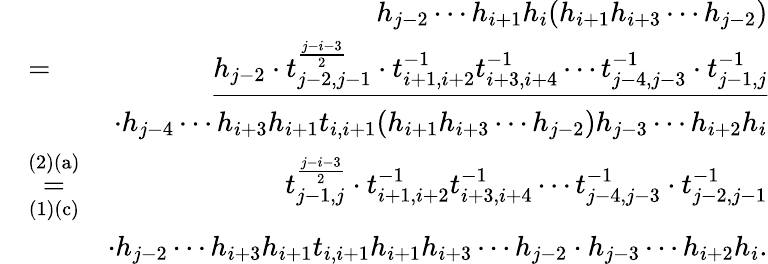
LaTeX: \begin{array}{rlr}&{}&{h_{j-2}\cdots h_{i+1}h_{i}(h_{i+1}h_{i+3}\cdots h_{j-2})}\\ &{=}&{\underline{{h_{j-2}\cdot t_{j-2,j-1}^{\frac{j-i-3}{2}}\cdot t_{i+1,i+2}^{-1}t_{i+3,i+4}^{-1}\cdots t_{j-4,j-3}^{-1}\cdot t_{j-1,j}^{-1}}}}\\ &{}&{\cdot h_{j-4}\cdots h_{i+3}h_{i+1}t_{i,i+1}(h_{i+1}h_{i+3}\cdots h_{j-2})h_{j-3}\cdots h_{i+2}h_{i}}\\ &{\overset{\mathrm{(2)(a)}}{\underset{\mathrm{(1)(c)}}{=}}}&{t_{j-1,j}^{\frac{j-i-3}{2}}\cdot t_{i+1,i+2}^{-1}t_{i+3,i+4}^{-1}\cdots t_{j-4,j-3}^{-1}\cdot t_{j-2,j-1}^{-1}}\\ &{}&{\cdot h_{j-2}\cdots h_{i+3}h_{i+1}t_{i,i+1}h_{i+1}h_{i+3}\cdots h_{j-2}\cdot h_{j-3}\cdots h_{i+2}h_{i}.}\end{array}